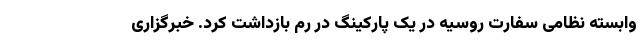
وابسته نظامی سفارت روسیه در یک پارکینگ در رم بازداشت کرد. خبرگزاری